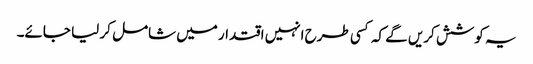
یہ کوشش کریں گے کہ کسی طرح انہیں اقتدار میں شامل کر لیا جائے۔